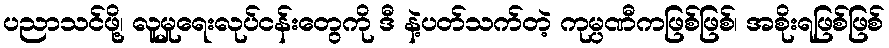
ပညာသင်ဖို့၊ လူမှုရေးလုပ်ငန်းတွေကို ဒီ နဲ့ပတ်သက်တဲ့ ကုမ္ပဏီကဖြစ်ဖြစ်၊ အစိုးရဖြစ်ဖြစ်